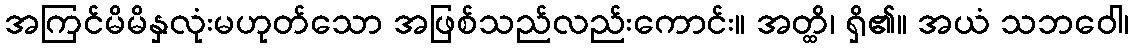
အကြင်မိမိနှလုံးမဟုတ်သော အဖြစ်သည်လည်းကောင်း။ အတ္ထိ၊ ရှိ၏။ အယံ သဘဝေါ၊